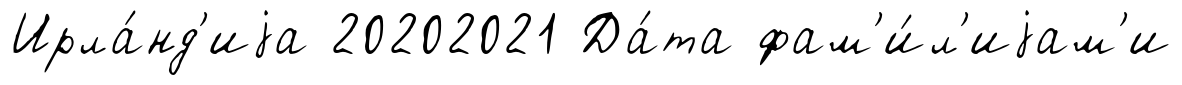
Ирла́нд'иjа 20202021 Да́та фам'и́л'иjам'и